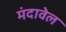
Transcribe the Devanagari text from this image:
मंदावेल